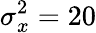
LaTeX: \sigma_{x}^{2}=20